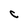
Character: C